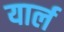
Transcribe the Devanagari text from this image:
यार्ल